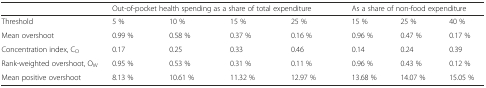
<table><thead><tr><td></td><td colspan="4"><b>Out-of-pocket health spending as a share of total expenditure</b></td><td colspan="3"><b>As a share of non-food expenditure</b></td></tr></thead><tbody><tr><td>Threshold</td><td>5 %</td><td>10 %</td><td>15 %</td><td>25 %</td><td>15 %</td><td>25 %</td><td>40 %</td></tr><tr><td>Mean overshoot</td><td>0.99 %</td><td>0.58 %</td><td>0.37 %</td><td>0.16 %</td><td>0.96 %</td><td>0.47 %</td><td>0.17 %</td></tr><tr><td>Concentration index, C<sub>O</sub></td><td>0.17</td><td>0.25</td><td>0.33</td><td>0.46</td><td>0.14</td><td>0.24</td><td>0.39</td></tr><tr><td>Rank-weighted overshoot, O<sub>W</sub></td><td>0.95 %</td><td>0.53 %</td><td>0.31 %</td><td>0.11 %</td><td>0.96 %</td><td>0.43 %</td><td>0.12 %</td></tr><tr><td>Mean positive overshoot</td><td>8.13 %</td><td>10.61 %</td><td>11.32 %</td><td>12.97 %</td><td>13.68 %</td><td>14.07 %</td><td>15.05 %</td></tr></tbody></table>